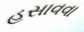
હસાવવા